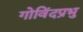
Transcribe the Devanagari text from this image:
गोविंदप्रभु